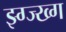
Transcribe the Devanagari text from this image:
झ्ग्ज्ख्ग